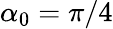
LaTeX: \alpha_{0}=\pi/4